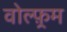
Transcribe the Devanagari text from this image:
वोल्फ़्रम